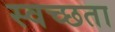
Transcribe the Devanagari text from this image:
स्वच्‍छता